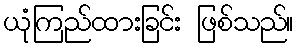
ယုံကြည်ထားခြင်း ဖြစ်သည်။